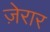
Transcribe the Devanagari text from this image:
ज़ेरार